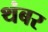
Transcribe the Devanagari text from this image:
थंबर